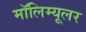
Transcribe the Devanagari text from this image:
मॉलिम्यूलर